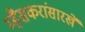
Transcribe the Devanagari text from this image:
म्हैसकरांसारखे